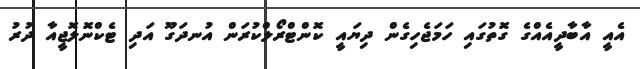
އެއީ އާބާދީއެއްގެ ގޮތުގައި ހަމަޖެހިގެން ދިޔައީ ކޮންޓްރޯލްކުރަން އުނދަގޫ އަދި ޓެކްނޮލޮޖީއާ ދުރު